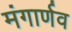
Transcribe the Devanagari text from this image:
मंगार्णव